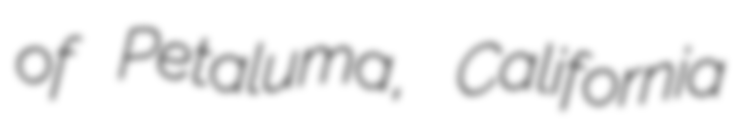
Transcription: of Petaluma, California